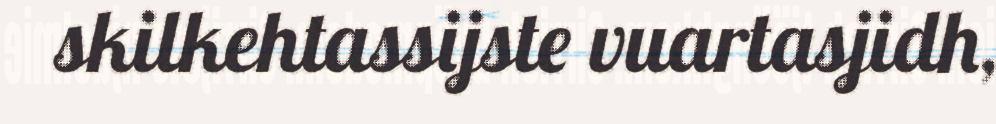
skilkehtassijste vuartasjidh,